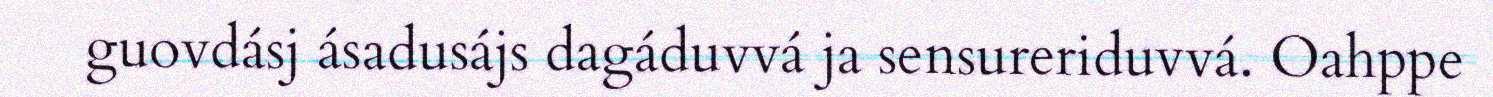
guovdásj ásadusájs dagáduvvá ja sensureriduvvá. Oahppe